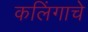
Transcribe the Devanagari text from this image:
कलिंगाचे